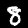
Label: 8